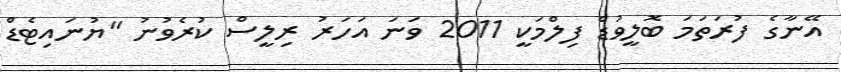
އޭނާގެ ފުރަތަމަ ބޮލީވުޑް ފިލްމަކީ 2011 ވަނަ އަހަރު ރިލީސް ކުރެވުނު ''ޔުނައިޓެޑް